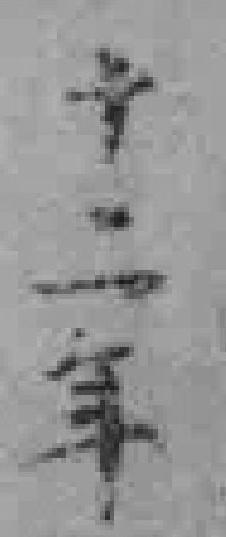
十二年